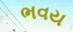
ભવય